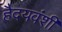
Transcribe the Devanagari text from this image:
हैदयवंशी